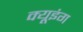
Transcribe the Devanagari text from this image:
क्यूइंग